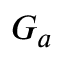
\scriptstyle { G _ { a } }